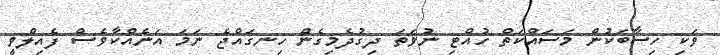
ވަކި ހިސާބަކުން މަސައްކަތް ހުއްޓި ނުވަތަ ދިގުދެމިގެން ހިނގައްޖެ ނަމަ އަނެއްކާވެސް ފެއިލްވީ